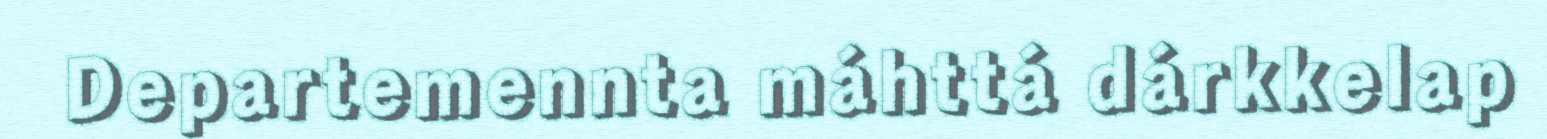
Departemennta máhttá dárkkelap